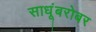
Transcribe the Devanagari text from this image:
साधूंबरोबर